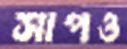
সাপও